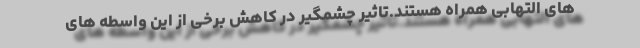
های التهابی همراه هستند.تاثیر چشمگیر در کاهش برخی از این واسطه های